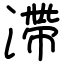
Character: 滯